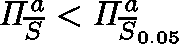
\mathit { \Pi } _ { \overline { { S } } } ^ { a } < \mathit { \Pi } _ { \overline { { S } } _ { 0 . 0 5 } } ^ { a }